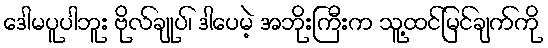
ဒေါမပူပါဘူး ဗိုလ်ချုပ်၊ ဒါပေမဲ့ အဘိုးကြီးက သူ့ထင်မြင်ချက်ကို